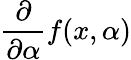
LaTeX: {\frac{\partial}{\partial\alpha}}f(x,\alpha)